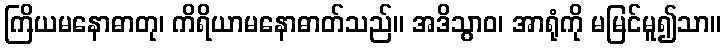
ကြိယမနောဓာတု၊ ကိရိယာမနောဓာတ်သည်။ အဒိသွာဝ၊ အာရုံကို မမြင်မူ၍သာ။